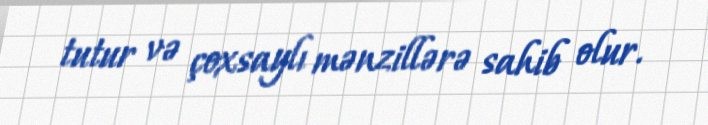
tutur və çoxsaylı mənzillərə sahib olur.